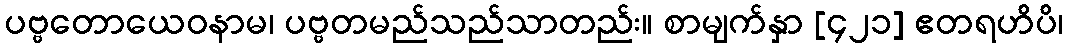
ပဗ္ဗတောယေဝနာမ၊ ပဗ္ဗတမည်သည်သာတည်း။ စာမျက်နှာ [၄၂၁] ဧတရဟိပိ၊